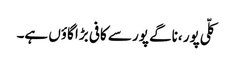
کلّی پور ،ناگے پور سے کافی بڑا گاؤں ہے۔